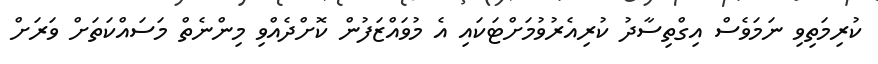
ކުރިމަތިވި ނަމަވެސް އިގްތިސާދު ކުރިއެރުވުމަށްޓަކައި އެ މުވައްޒަފުން ކޮށްދެއްވި މިންނެތް މަސައްކަތަށް ވަރަށް